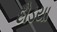
દોડયા